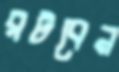
রটবেন